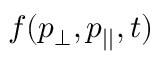
f ( p _ { \perp } , p _ { | | } , t )